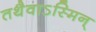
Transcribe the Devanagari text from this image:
तथैवाऽस्मिन्